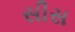
સીસ